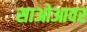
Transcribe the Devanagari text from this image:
साओआवर